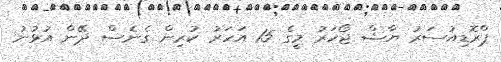
ޕްރޮޑިއުސަރު ޔާޝް ޖޯހަރު މީގެ 15 އަހަރު ކުރިން ގެނެސް ދޭން އުޅުނު